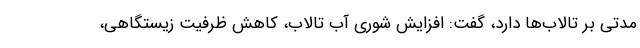
مدتی بر تالاب‌ها دارد، گفت: افزایش شوری آب تالاب، کاهش ظرفیت زیستگاهی،